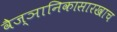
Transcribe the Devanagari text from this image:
वैज्ञानिकासारखाच